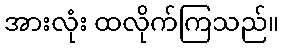
အားလုံး ထလိုက်ကြသည်။